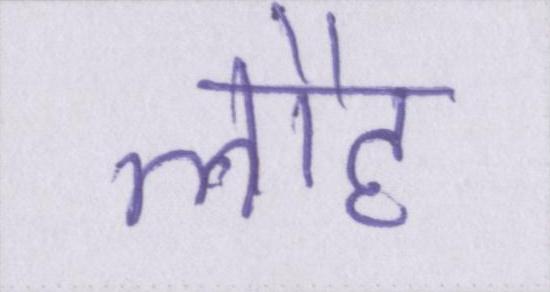
लौह